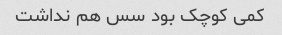
کمی کوچک بود سس هم نداشت